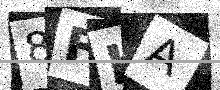
Text: 8FKA